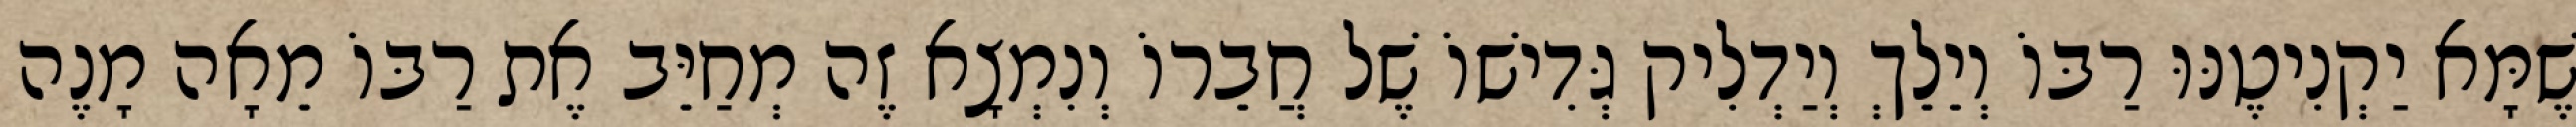
שֶׁמָּא יַקְנִיטֶנּוּ רַבּוֹ וְיֵלֵךְ וְיַדְלִיק גְּדִישׁוֹ שֶׁל חֲבֵרוֹ וְנִמְצָא זֶה מְחַיֵּב אֶת רַבּוֹ מֵאָה מָנֶה